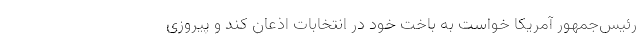
رئیس‌جمهور آمریکا خواست به باخت خود در انتخابات اذعان کند و پیروزی